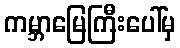
ကမ္ဘာမြေကြီးပေါ်မှ